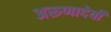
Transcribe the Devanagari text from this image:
अरूणादेवी